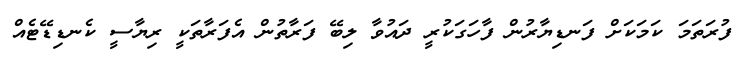
ފުރަތަމަ ކަމަކަށް ފަނޑިޔާރުން ފާހަގަކުރީ ދައުވާ ލިބޭ ފަރާތުން އެފަރާތަކީ ރިޔާސީ ކެނޑިޑޭޓެއް